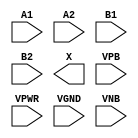
module sky130_fd_sc_hvl__a22o (
    //# {{data|Data Signals}}
    input  A1  ,
    input  A2  ,
    input  B1  ,
    input  B2  ,
    output X   ,

    //# {{power|Power}}
    input  VPB ,
    input  VPWR,
    input  VGND,
    input  VNB
);
endmodule